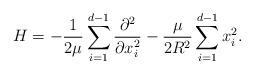
LaTeX: \begin{align*}H=-\frac{1}{2\mu}\sum_{i=1}^{d-1}\frac{\partial^{2}}{\partial x^{2}_{i}}-\frac{\mu}{2R^{2}}\sum_{i=1}^{d-1}x^{2}_{i}.\end{align*}